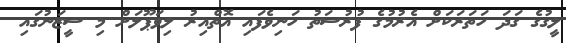
ލީގުގެ ގަދަ ހަތަރަކަށް އެރުމުގެ ފުރުސަތު ހަނިވެފައި އޮތްއިރު ލިވަޕޫލަށް މި ސީޒަނުގައި